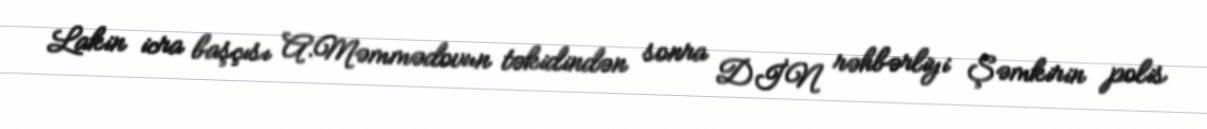
Lakin icra başçısı A.Məmmədovun təkidindən sonra DİN rəhbərliyi Şəmkirin polis